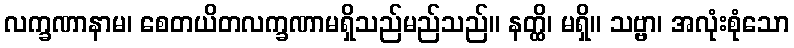
လက္ခဏာနာမ၊ စေတယိတလက္ခဏာမရှိသည်မည်သည်။ နတ္ထိ၊ မရှိ။ သဗ္ဗာ၊ အလုံးစုံသော